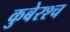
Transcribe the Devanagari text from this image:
कुबेरश्च